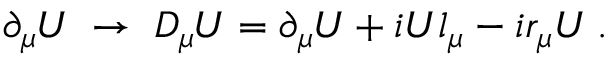
\partial _ { \mu } \! \! \; U \; \rightarrow \; D _ { \mu } \! \! \; U = \partial _ { \mu } \! \! \; U + i U l _ { \mu } - i r _ { \mu } U \: .